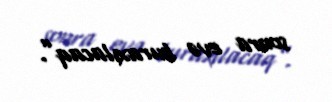
sonra evə buraxılacaq”.